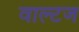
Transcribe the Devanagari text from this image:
वाल्टज